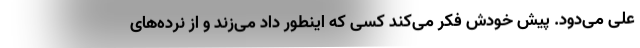
علی می‌دود. پیش خودش فکر می‌کند کسی که اینطور داد می‌زند و از نرده‌های